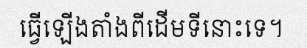
ធ្វើឡើងតាំងពីដើមទីនោះទេ។